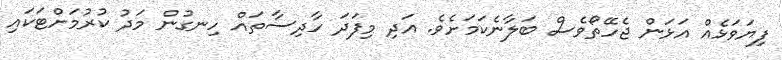
ފިޔަވަޅެއް އަޅަން ޖެހޭތޯވެސް ބަލާނެކަމަށެވެ. އަދި މިފަދަ ހާދިސާތައް ހިނގުން މަދު ކުރުމަށްޓަކައި